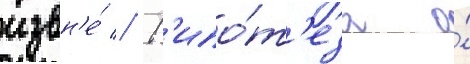
извн'е́ // Г'ипо́т'еза о́